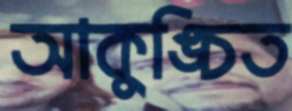
আকুঙ্চিত